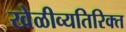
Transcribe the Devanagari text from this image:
खेळीव्यतिरिक्त